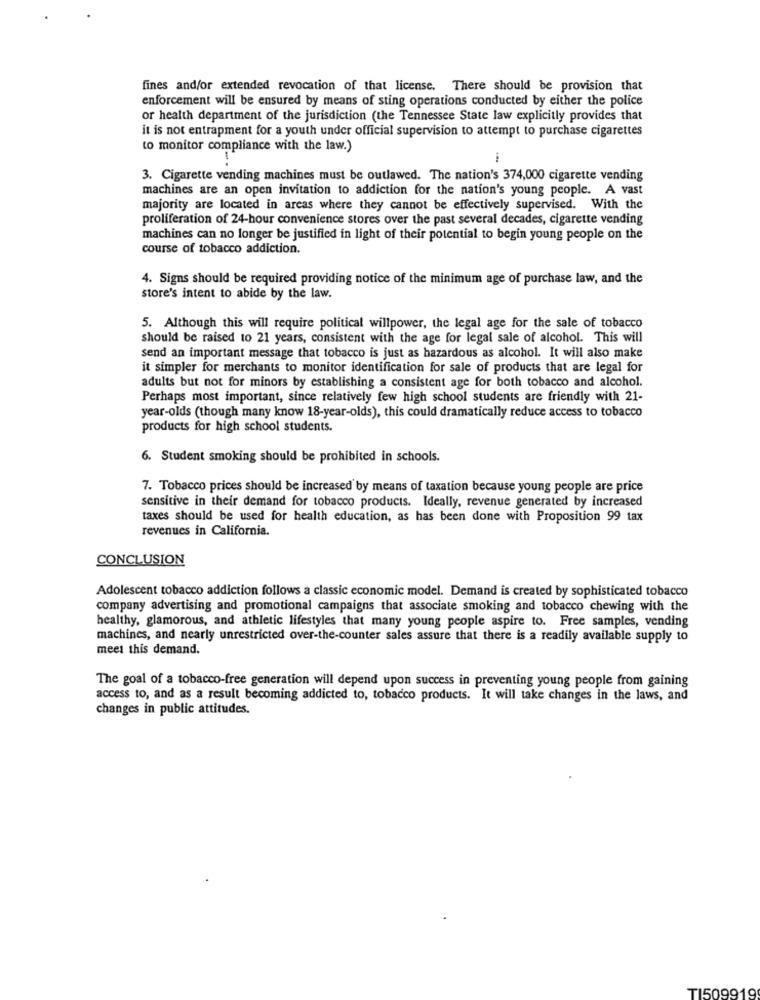
fines and/or extended revocation of that license. There should be provision that
enforcement will be ensured by means of sting operations conducted by either the police
or health department of the jurisdiction (the Tennessee State law explicitly provides that
it is not entrapment for a youth under official supervision to attempt to purchase cigarettes
to monitor compliance with the law.)
3. Cigarette vending machines must be outlawed. The nation's 374,000 cigarette vending
machines are an open invitation to addiction for the nation's young people. A vast
majority are located in areas where they cannot be effectively supervised. With the
proliferation of 24-hour convenience stores over the past several decades, cigarette vending
machines can no longer be justified in light of their potential to begin young people on the
course of tobacco addiction.
4. Signs should be required providing notice of the minimum age of purchase law, and the
store's intent to abide by the law.
5. Although this will require political willpower, the legal age for the sale of tobacco
should be raised to 21 years, consistent with the age for legal sale of alcohol. This will
send an important message that tobacco is just as hazardous as alcohol. It will also make
it simpler for merchants to monitor identification for sale of products that are legal for
adults but not for minors by establishing a consistent age for both tobacco and alcohol.
Perhaps most important, since relatively few high school students are friendly with 21-
year-olds (though many know 18-year-olds), this could dramatically reduce access to tobacco
products for high school students.
6. Student smoking should be prohibited in schools.
7. Tobacco prices should be increased by means of taxation because young people are price
sensitive in their demand for tobacco products. Ideally, revenue generated by increased
taxes should be used for health education, as has been done with Proposition 99 tax
revenues in California.
CONCLUSION
Adolescent tobacco addiction follows a classic economic model. Demand is created by sophisticated tobacco
company advertising and promotional campaigns that associate smoking and tobacco chewing with the
healthy, glamorous, and athletic lifestyles that many young people aspire to. Free samples, vending
machines, and nearly unrestricted over-the-counter sales assure that there is a readily available supply to
meet this demand.
The goal of a tobacco-free generation will depend upon success in preventing young people from gaining
access to, and as a result becoming addicted to, tobacco products. It will take changes in the laws, and
changes in public attitudes.
TI509919